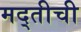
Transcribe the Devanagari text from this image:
मद्तीची